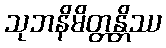
သုဘနိမိတ္တန္တိဿ